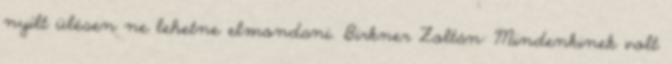
nyílt ülésen ne lehetne elmondani. Birkner Zoltán: Mindenkinek volt